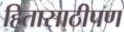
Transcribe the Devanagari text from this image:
हितासाठीपण